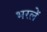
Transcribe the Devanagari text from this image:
भरलें